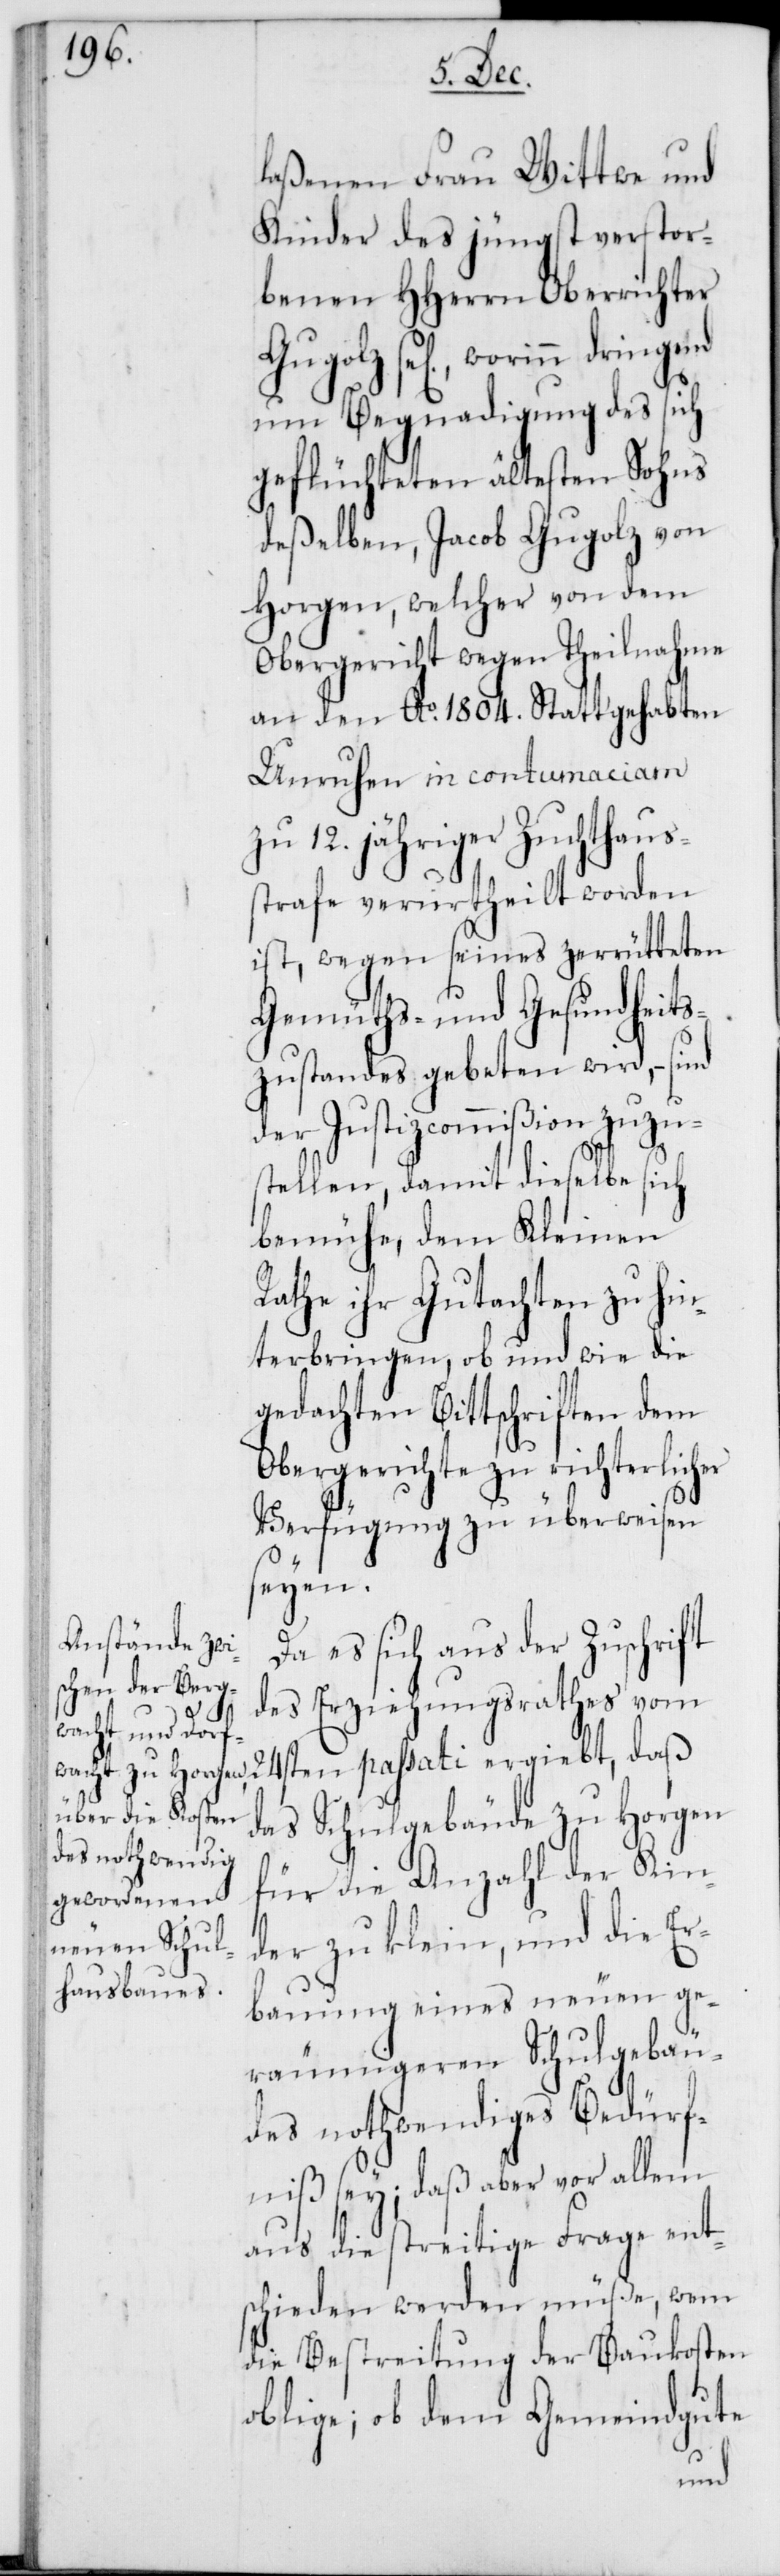
laßenen Frau Wittwe und
Kinder des jüngst verstor¬
benen HHerrn Oberrichter
bauung eines neuen ge¬
um Begnadigung des sich
geflüchteten ältesten Sohns
deßelben, Jacob Gugolz von
Horgen, welcher von dem
Obergericht wegen Theilnahme
an den Ao 1804. stattgehabten
Unruhen in contumaciam
zu 12. jähriger Zuchthaus¬
strafe verurtheilt worden
ist, wegen seines zerrütteten
Gemüths- und Gesundheits¬
zustandes gebeten wird, – sind
der Justizcommißion zuzu¬
stellen, damit dieselbe sich
bemühe, dem Kleinen
Rathe ihr Gutachten zu hin¬
terbringen, ob und wie die
gedachten Bittschriften dem
Obergerichte zu richterlicher
Verfügung zu überweisen
seyen.
Da es sich aus der Zuschrift
des Erziehungsrathes vom
24sten passati ergiebt, daß
das Schulgebäude zu Horgen
für die Anzahl der Kin¬
der zu klein, und die Er¬
räumigeren Schulgebäu¬
des nothwendiges Bedürf¬
niß sey; daß aber vor allem
aus die streitige Frage ent¬
schieden werden müße, wem
die Bestreitung der Baukosten
oblige; ob dem Gemeindgute